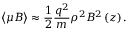
\left\langle \mu B \right\rangle \approx \frac { 1 } { 2 } \frac { q ^ { 2 } } { m } \rho ^ { 2 } B ^ { 2 } \left( z \right) .